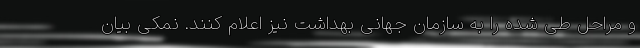
و مراحل طی شده را به سازمان جهانی بهداشت نیز اعلام کنند. نمکی بیان